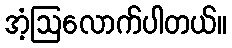
အံ့ဩလောက်ပါတယ်။